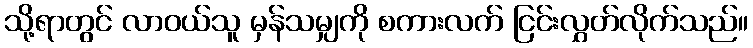
သို့ရာတွင် လာဝယ်သူ မှန်သမျှကို စကားလက် ငြင်းလွှတ်လိုက်သည်။